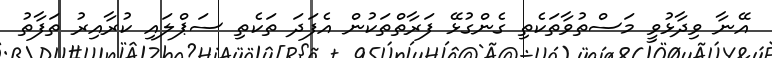
އޭނާ ވިދާޅުވީ މަސްތުވާތަކެތި ގެންގުޅޭ ފަރާތްތަކުން އެފަދަ ތަކެތި ސަޕްލައި ކުރާއިރު ތަފާތު